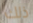
ذلك